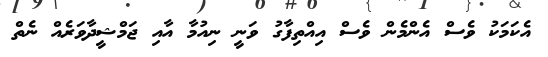
އެކަމަކު ވެސް އެންމެން ވެސް އިއްތިފާގު ވަނީ ނިއުމާ އާއި ޖަމްޝީދާވަރެއް ނެތް